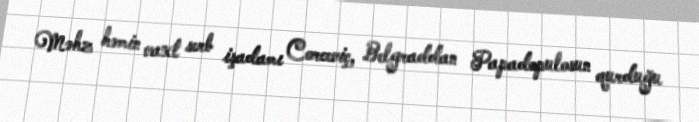
Məhz həmin vaxt serb işadamı Corceviç, Belgraddan Papadopulosun qurduğu